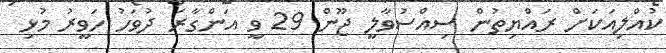
ކުއްލިއަކަށް ރައްޔިތުން ސިއްސުވާލީ ޖޫން 29 ވީ އަންގާރަ ދުވަހު ހަވީރު މުޅި